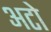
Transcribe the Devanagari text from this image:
अटो